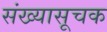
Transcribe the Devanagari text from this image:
संख्यासूचक